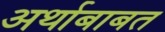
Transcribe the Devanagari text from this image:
अर्थाबाबत